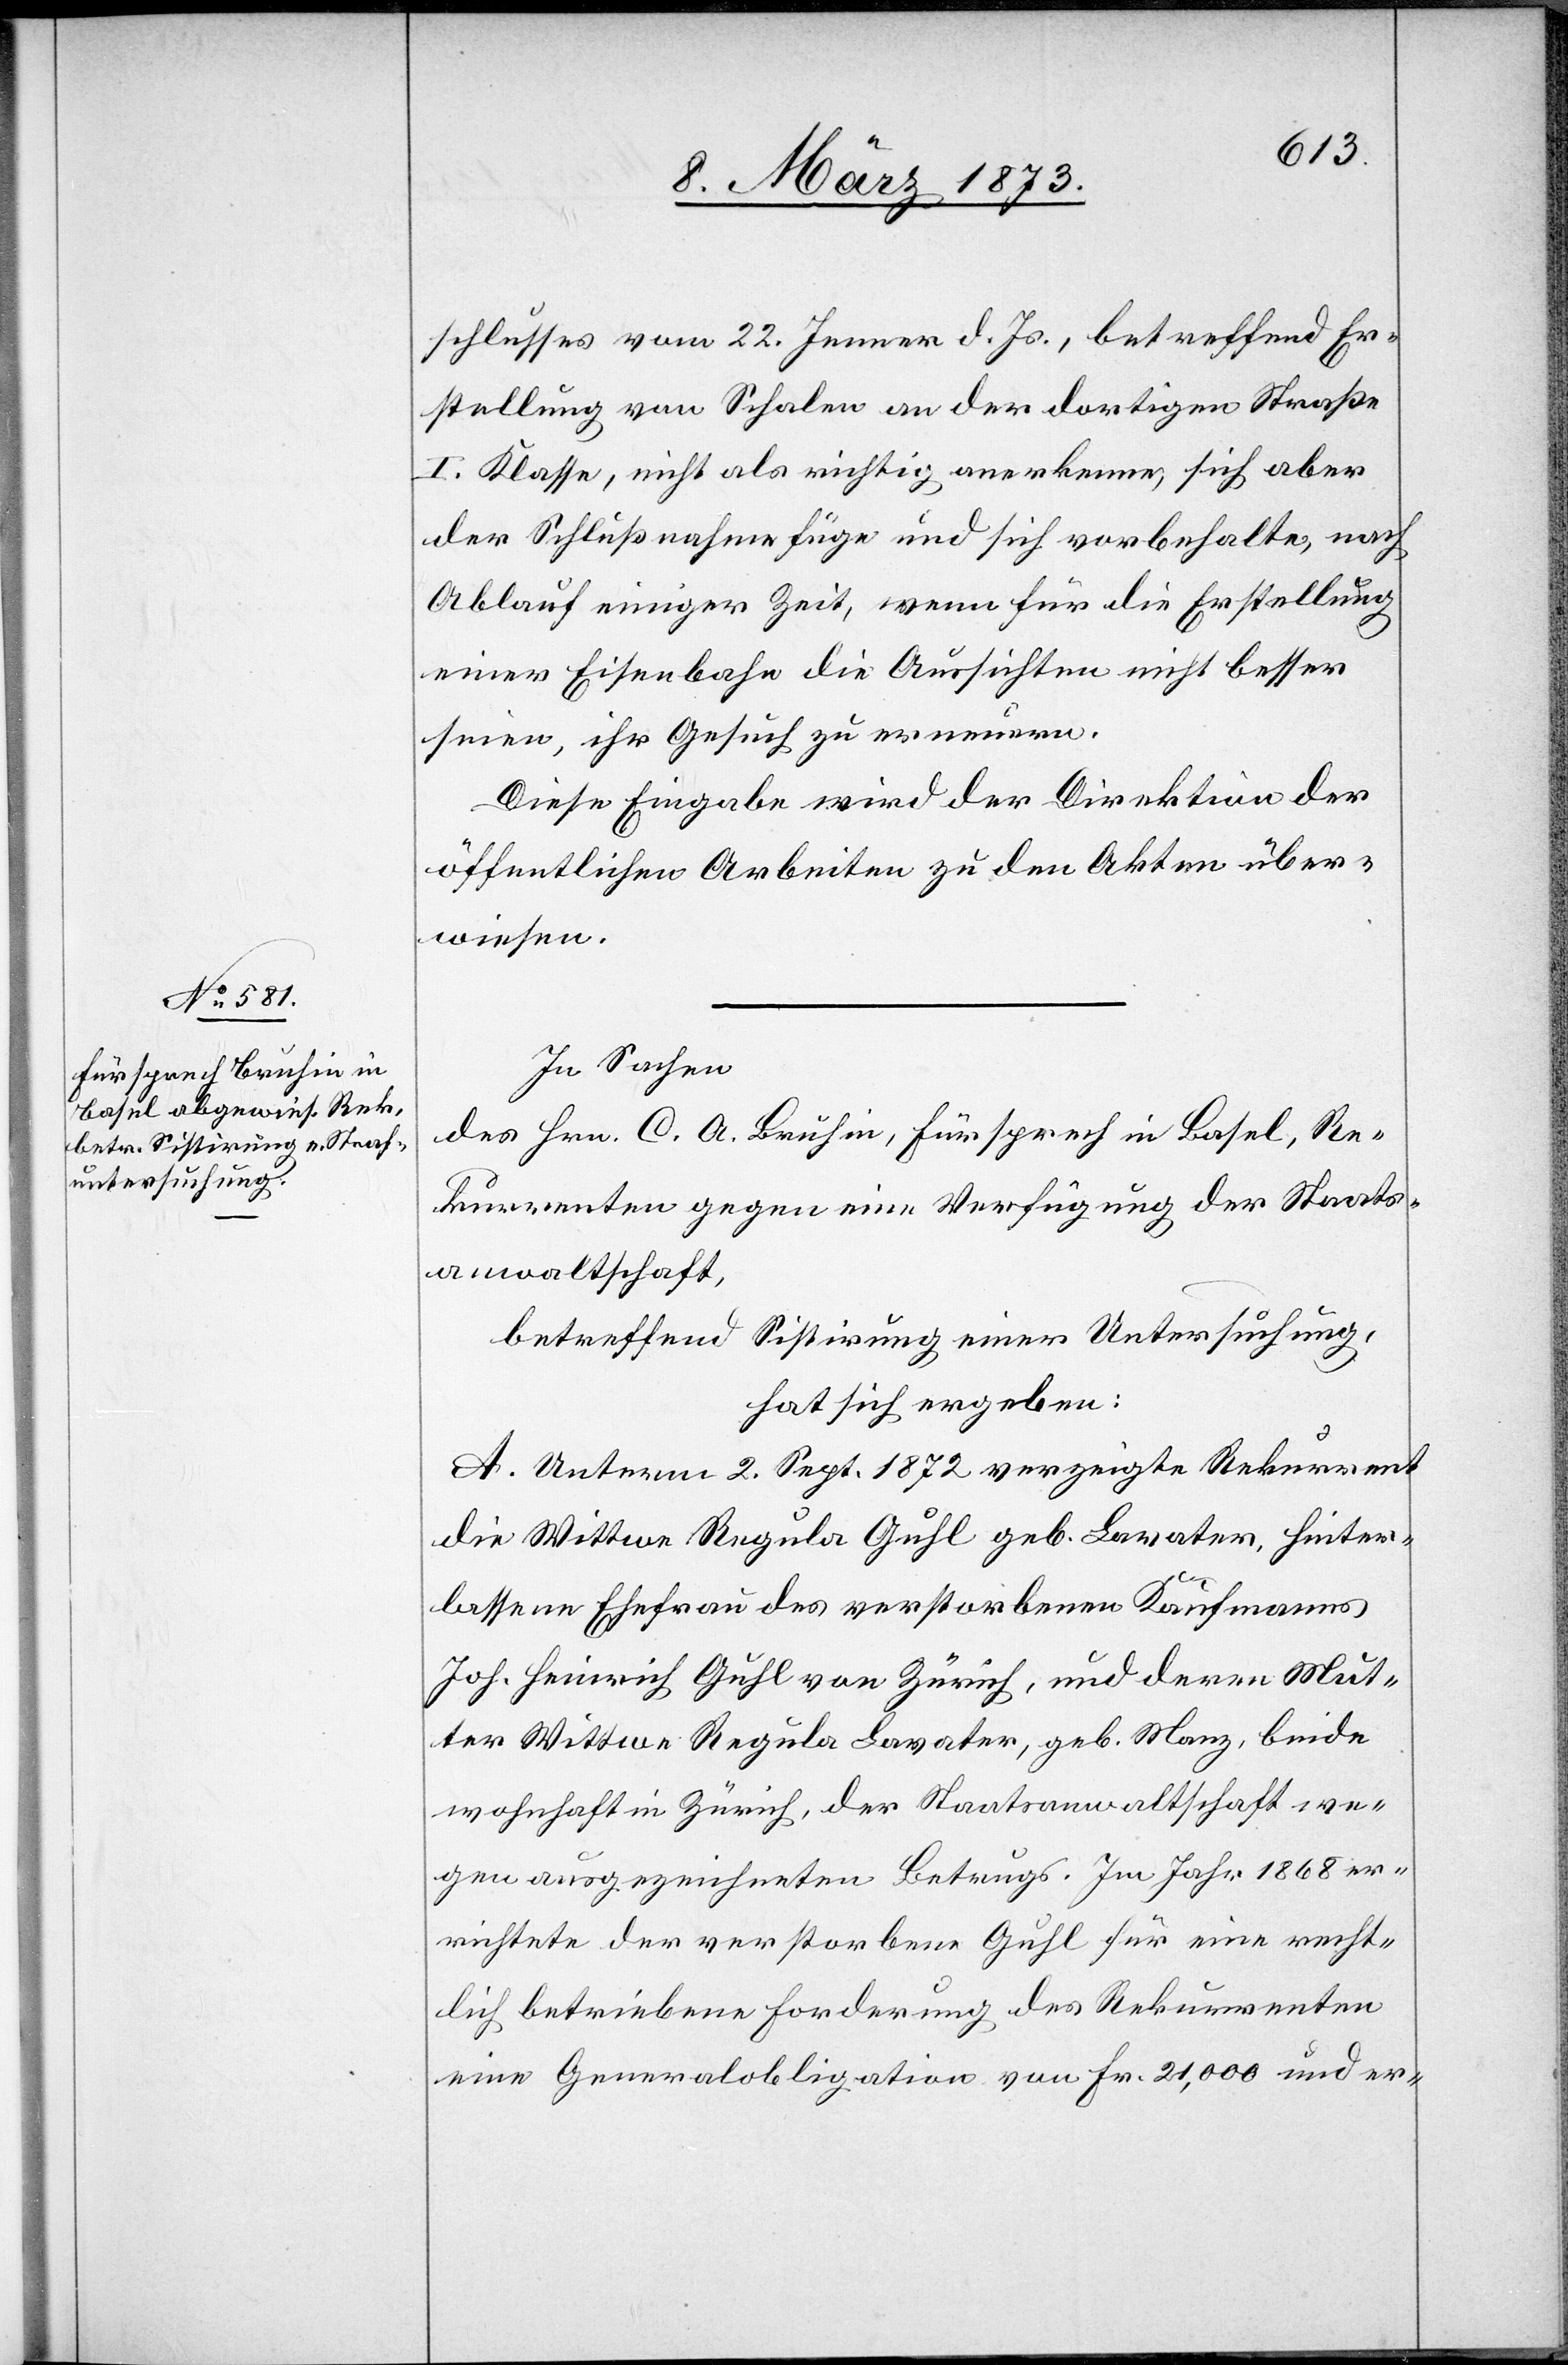
schlusses vom 22. Jenner d. Js., betreffend Er¬
stellung von Schalen an der dortigen Straße
I. Klasse, nicht als richtig anerkenne, sich aber
der Schlußnahme füge und sich vorbehalte, nach
Ablauf einiger Zeit, wenn für die Erstellung
einer Eisenbahn die Aussichten nicht besser
seien, ihr Gesuch zu erneuern.
Diese Eingabe wird der Direktion der
öffentlichen Arbeiten zu den Akten über¬
wiesen.
In Sachen
des Hrn. C. A. Bruhin, Fürsprech in Basel, Re¬
kurrenten gegen eine Verfügung der Staats¬
anwaltschaft,
betreffend Sistierung einer Untersuchung,
hat sich erbeben:
A. Unterm 2. Sept. 1872 verzeigte Rekurrent
die Wittwe Regula Guhl geb. Lavater, hinter¬
lassene Ehefrau des verstorbenen Kaufmanns
Joh. Heinrich Guhl von Zürich, und deren Mut¬
ter Wittwe Regula Lavater, geb. Manz, beide
wohnhaft in Zürich, der Staatsanwaltschaft we¬
gen ausgezeichneten Betrugs. Im Jahr 1868 er¬
richtete der verstorbene Guhl für eine recht¬
lich betriebene Forderung des Rekurrenten
eine Generalobligation von Fr. 21,000 und er-